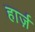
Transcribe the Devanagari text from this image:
हार्ज़